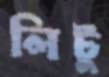
লিটু